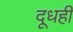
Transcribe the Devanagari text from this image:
दूधही